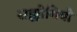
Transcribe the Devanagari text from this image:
सह्योगियो